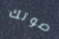
صوتك